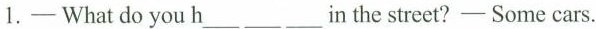
1.— What do you h ___ ___ ___ in the street?—Some cars.